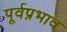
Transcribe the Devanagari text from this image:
पूर्वप्रभाव